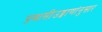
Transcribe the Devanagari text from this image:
प्रवासीउड्डाणांनुसार